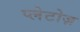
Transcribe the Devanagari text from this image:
प्लेटोज़